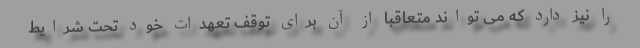
را نیز دارد که می تواند متعاقبا از آن برای توقف تعهدات خود تحت شرایط